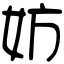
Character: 妨